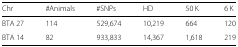
<table><thead><tr><td><b>Chr</b></td><td><b>#Animals</b></td><td><b>#SNPs</b></td><td><b>HD</b></td><td><b>50 K</b></td><td><b>6 K</b></td></tr></thead><tbody><tr><td>BTA 27</td><td>114</td><td>529,674</td><td>10,219</td><td>664</td><td>120</td></tr><tr><td>BTA 14</td><td>82</td><td>933,833</td><td>14,367</td><td>1,618</td><td>219</td></tr></tbody></table>